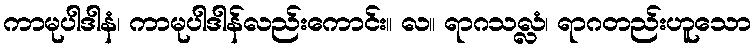
ကာမုပါဒါနံ၊ ကာမုပါဒါန်လည်းကောင်း။ လ။ ရာဂသလ္လံ၊ ရာဂတည်းဟူသော